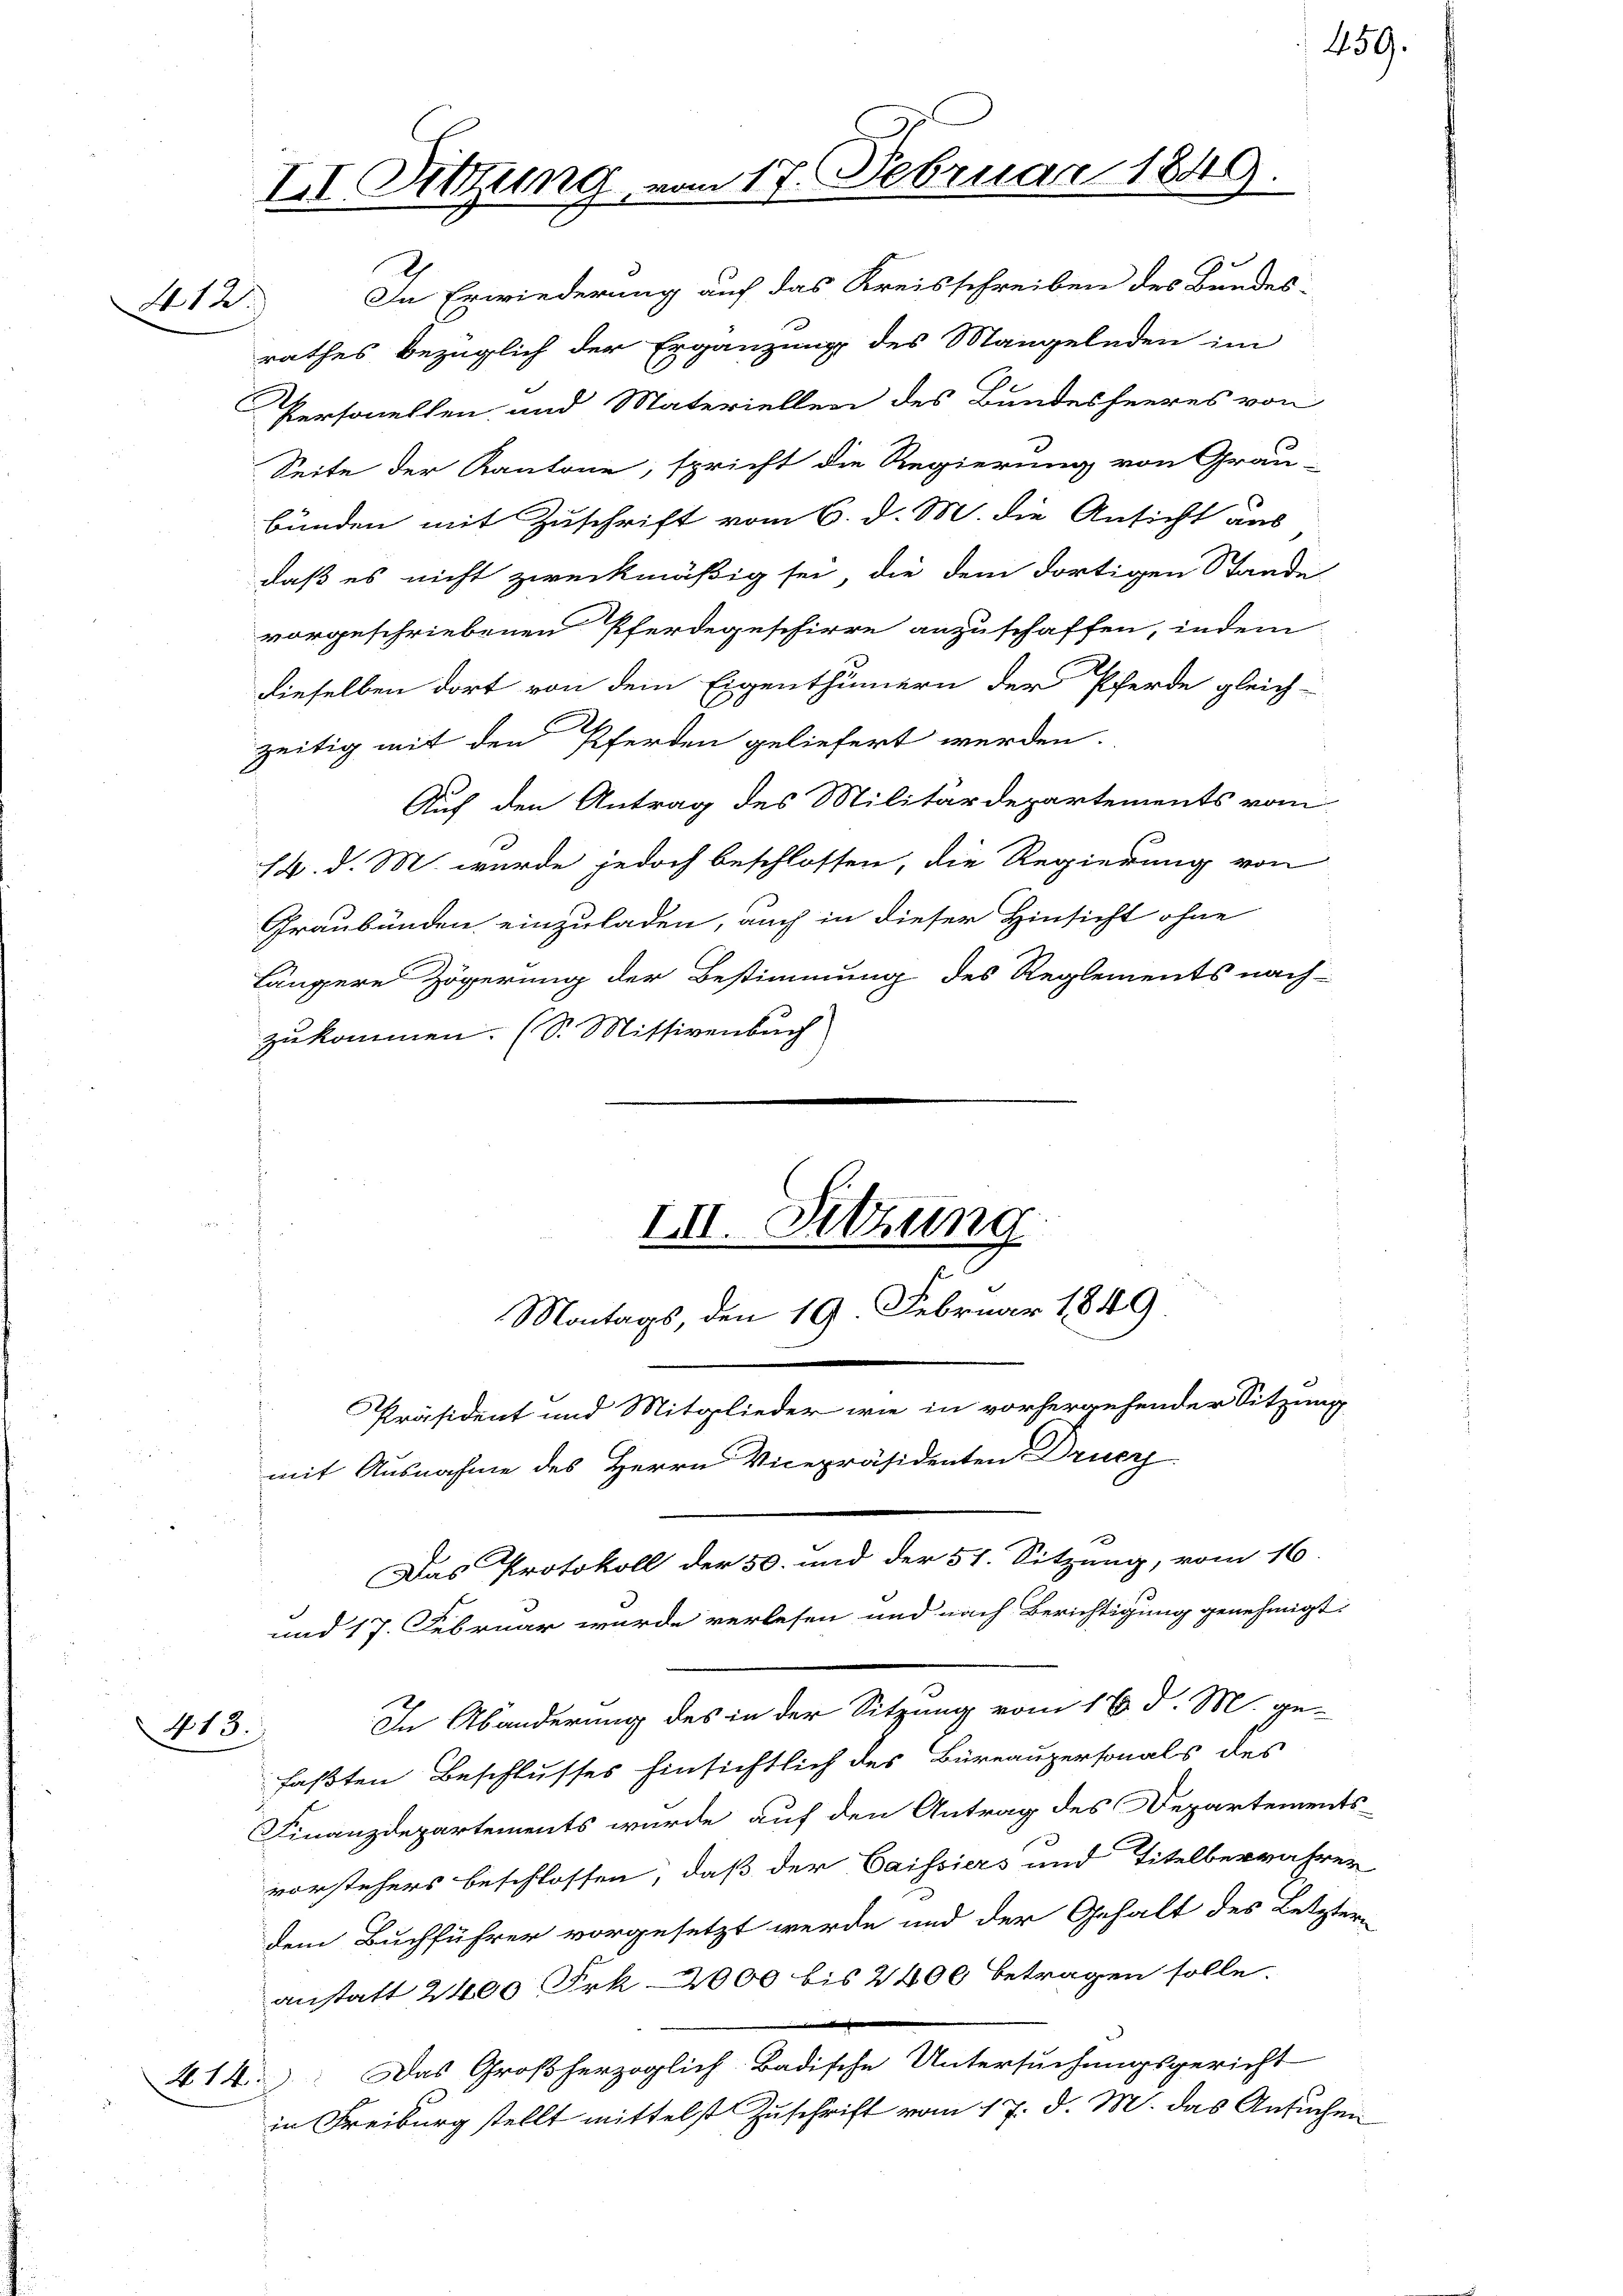
412.

In Erwiederung auf das Kreisschreiben des Bundes-
rathes bezüglich der Ergänzung des Mangelnden im
Personellen und Materiellen des Bundesheeres von
Seite der Kantone, spricht die Regierung von Grau-
bunden mit Zuschrift vom 6. d. M. die Ansicht aus
daß es nicht zweckmäßig sei, die dem dortigen Stande
vorgeschriebenen Pferdegeschirre anzuschaffen, indem
dieselben dort von dem Eigenthümern der Pferde gleich
zeitig mit den Pferden geliefert werden.
Auf den Antrag des Militärdepartements vom
14. d. M. wurde jedoch beschlossen, die Regierung von
Graubünden einzuladen, auch in dieser Hinsicht ohne
längere Zögerung der Bestimmung des Reglements nach-
zukommen. (S. Missivenbuch
III. Sitzung.
i
Montags, den 19 Februar 1849
Präsident und Mitglieder wie in vorhergehender Sitzung
mit Ausnahme des Herrn Vicepräsidenten Druc
Das Protokoll der 50. und der 51. Sitzung, vom 16.
und 17. Februar wurde verlesen und nach Berichtigung genehmigt.
In Abänderung des in der Sitzung vom 16. d. M. ge-
413.
faßten Beschlusses hinsichtlich des Büreaupersonals des
Finanzdepartements wurde auf den Antrag des Departements
vorstehers beschlossen, daß der Cassiers und Titelberwahrer
dem Buchführer vorgesetzt werde und der Gehalt des Letztere
anstatt 2400 Frk. 2000 bis 2400 betragen solle.
.
414. Das Großherzoglich-Badische Untersuchungsgericht
in Freiburg stellt mittelst Zuschrift vom 17. d. M. das Ansuchen

II. Sitzung, vom 17. Februar 1849.

459.